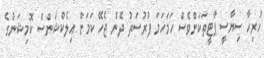
ހުރިހާ ސިޔާސީ ޕާޓީތަކަށްވެސް ހަމަހަމަ ފުރުސަތު ދޭން ޖެހޭ ކަމަށް އިލެކްޝަންސް ކޮމިޝަނުގެ